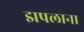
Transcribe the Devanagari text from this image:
झपलाना